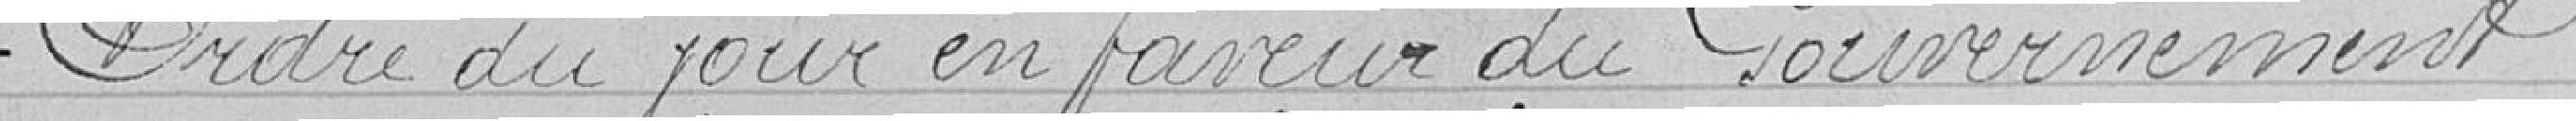
Ordre du jour en faveur du Gouvernement